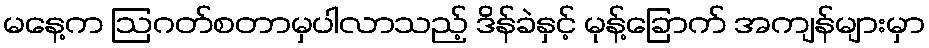
မနေ့က ဩဂတ်စတာမှပါလာသည့် ဒိန်ခဲနှင့် မုန့်ခြောက် အကျန်များမှာ